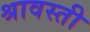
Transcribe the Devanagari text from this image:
श्रावस्‍ती